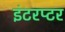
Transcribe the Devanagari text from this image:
इंटरप्टर